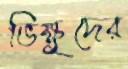
ভিক্ষুদের